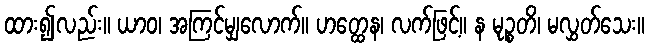
ထား၍လည်း။ ယာဝ၊ အကြင်မျှလောက်။ ဟတ္ထေန၊ လက်ဖြင့်။ န မုဉ္စတိ၊ မလွှတ်သေး။